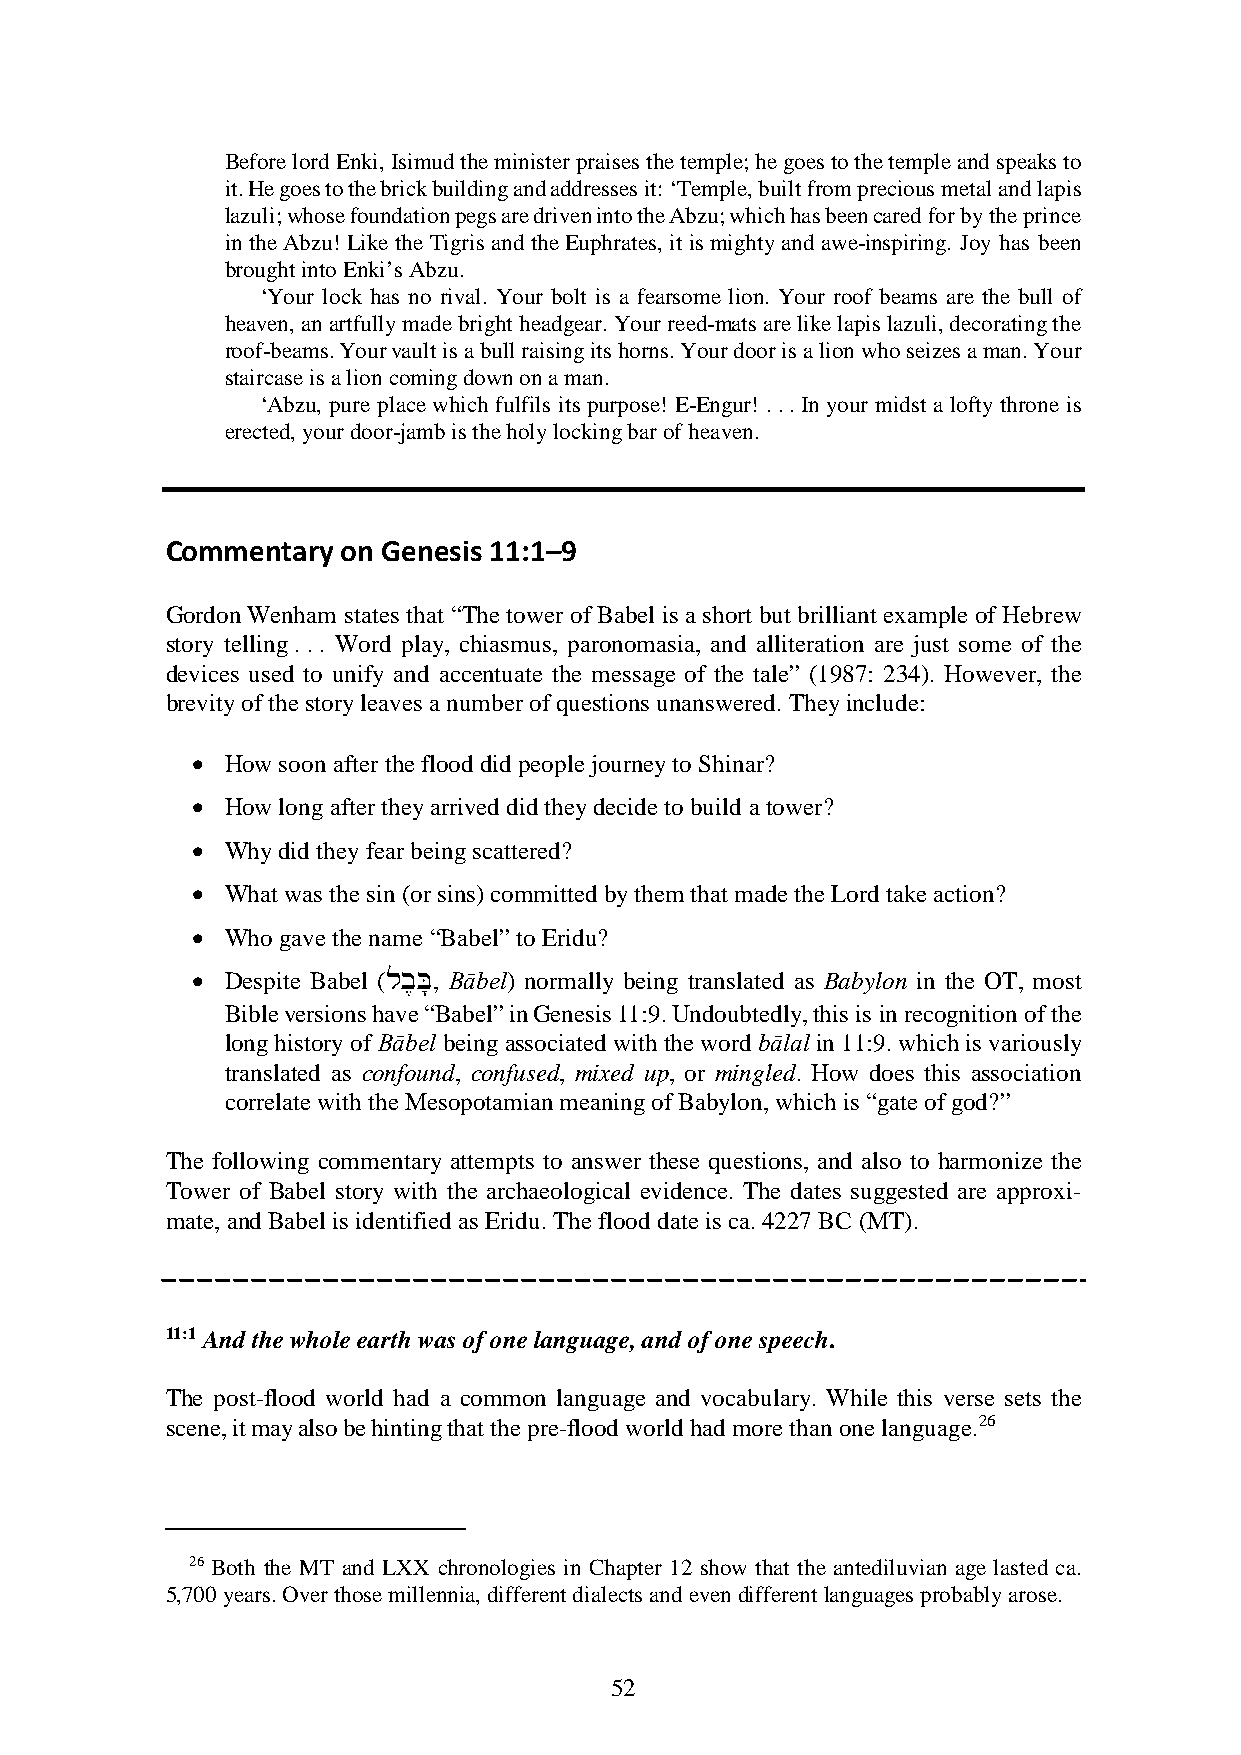
Before lord Enki, Isimud the minister praises the temple; he goes to the temple and speaks to
 it. He goes to the brick building and addresses it: ‘Temple, built from precious metal and lapis
 lazuli; whose foundation pegs are driven into the Abzu; which has been cared for by the prince
 in the Abzu! Like the Tigris and the Euphrates, it is mighty and awe-inspiring. Joy has been
 brought into Enki’s Abzu.
 ‘Your lock has no rival. Your bolt is a fearsome lion. Your roof beams are the bull of
 heaven, an artfully made bright headgear. Your reed-mats are like lapis lazuli, decorating the
 roof-beams. Your vault is a bull raising its horns. Your door is a lion who seizes a man. Your
 staircase is a lion coming down on a man.
 ‘Abzu, pure place which fulfils its purpose! E-Engur! . . . In your midst a lofty throne is
 erected, your door-jamb is the holy locking bar of heaven.
 Commentary  on Genesis 11:1–9
 Gordon Wenham states that “The tower of Babel is a short but brilliant example of Hebrew
 story telling . . . Word play, chiasmus, paronomasia, and alliteration are just some of the
 devices used to unify and accentuate the message of the tale” (1987: 234). However, the
 brevity of the story leaves a number of questions unanswered. They include:
 • How soon after the flood did people journey to Shinar?
 • How long after they arrived did they decide to build a tower?
 • Why did they fear being scattered?
 • What was the sin (or sins) committed by them that made the Lord take action?
 • Who gave the name “Babel” to Eridu?
 • Despite Babel (lb,B,; Bābel) normally being translated as Babylon in the OT, most
 Bible versions have “Babel” in Genesis 11:9. Undoubtedly, this is in recognition of the
 long history of Bābel being associated with the word bālal in 11:9. which is variously
 translated as confound, confused, mixed up, or mingled. How does this association
 correlate with the Mesopotamian meaning of Babylon, which is “gate of god?”
 The following commentary attempts to answer these questions, and also to harmonize the
 Tower of Babel story with the archaeological evidence. The dates suggested are approxi-
 mate, and Babel is identified as Eridu. The flood date is ca. 4227 BC (MT).
 11:1 And the whole earth was of one language, and of one speech.
 The post-flood world had a common language and vocabulary. While this verse sets the
 scene, it may also be hinting that the pre-flood world had more than one language.26
 26 Both the MT and LXX chronologies in Chapter 12 show that the antediluvian age lasted ca.
 5,700 years. Over those millennia, different dialects and even different languages probably arose.
 52